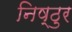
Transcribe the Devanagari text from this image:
निष्‍ठुर